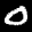
Label: 0